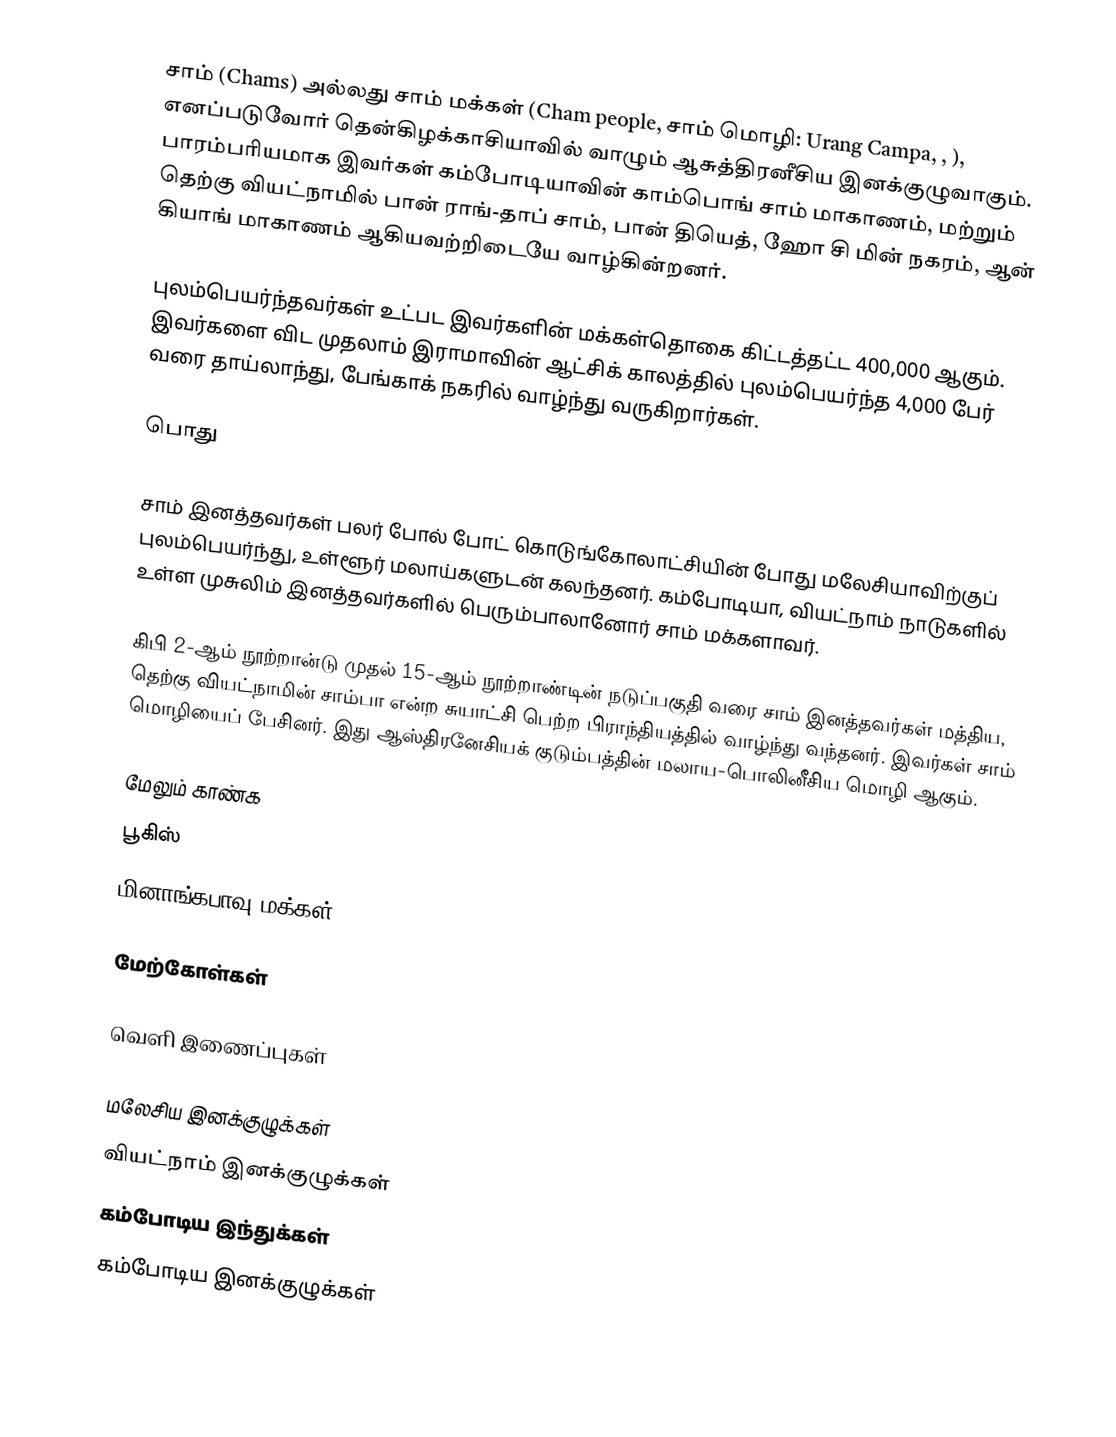
சாம் (Chams) அல்லது சாம் மக்கள் (Cham people, சாம் மொழி: Urang Campa, , ), எனப்படுவோர் தென்கிழக்காசியாவில் வாழும் ஆசுத்திரனீசிய இனக்குழுவாகும். பாரம்பரியமாக இவர்கள் கம்போடியாவின் காம்பொங் சாம் மாகாணம், மற்றும் தெற்கு வியட்நாமில் பான் ராங்-தாப் சாம், பான் தியெத், ஹோ சி மின் நகரம், ஆன் கியாங் மாகாணம் ஆகியவற்றிடையே வாழ்கின்றனர்.

புலம்பெயர்ந்தவர்கள் உட்பட இவர்களின் மக்கள்தொகை கிட்டத்தட்ட 400,000 ஆகும். இவர்களை விட முதலாம் இராமாவின் ஆட்சிக் காலத்தில் புலம்பெயர்ந்த 4,000 பேர் வரை தாய்லாந்து, பேங்காக் நகரில் வாழ்ந்து வருகிறார்கள்.

பொது

சாம் இனத்தவர்கள் பலர் போல் போட் கொடுங்கோலாட்சியின் போது மலேசியாவிற்குப் புலம்பெயர்ந்து, உள்ளூர் மலாய்களுடன் கலந்தனர். கம்போடியா, வியட்நாம் நாடுகளில் உள்ள முசுலிம் இனத்தவர்களில் பெரும்பாலானோர் சாம் மக்களாவர்.

கிபி 2-ஆம் நூற்றான்டு முதல் 15-ஆம் நூற்றாண்டின் நடுப்பகுதி வரை சாம் இனத்தவர்கள் மத்திய, தெற்கு வியட்நாமின் சாம்பா என்ற சுயாட்சி பெற்ற பிராந்தியத்தில் வாழ்ந்து வந்தனர். இவர்கள் சாம் மொழியைப் பேசினர். இது ஆஸ்திரனேசியக் குடும்பத்தின் மலாய-பொலினீசிய மொழி ஆகும்.

மேலும் காண்க
 பூகிஸ்
 மினாங்கபாவு மக்கள்

மேற்கோள்கள்

வெளி இணைப்புகள்

மலேசிய இனக்குழுக்கள்
வியட்நாம் இனக்குழுக்கள்
கம்போடிய இந்துக்கள்
கம்போடிய இனக்குழுக்கள்